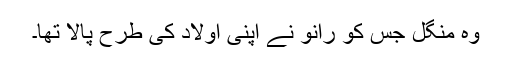
وہ منگل جس کو رانو نے اپنی اولاد کی طرح پالا تھا۔